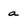
Character: a